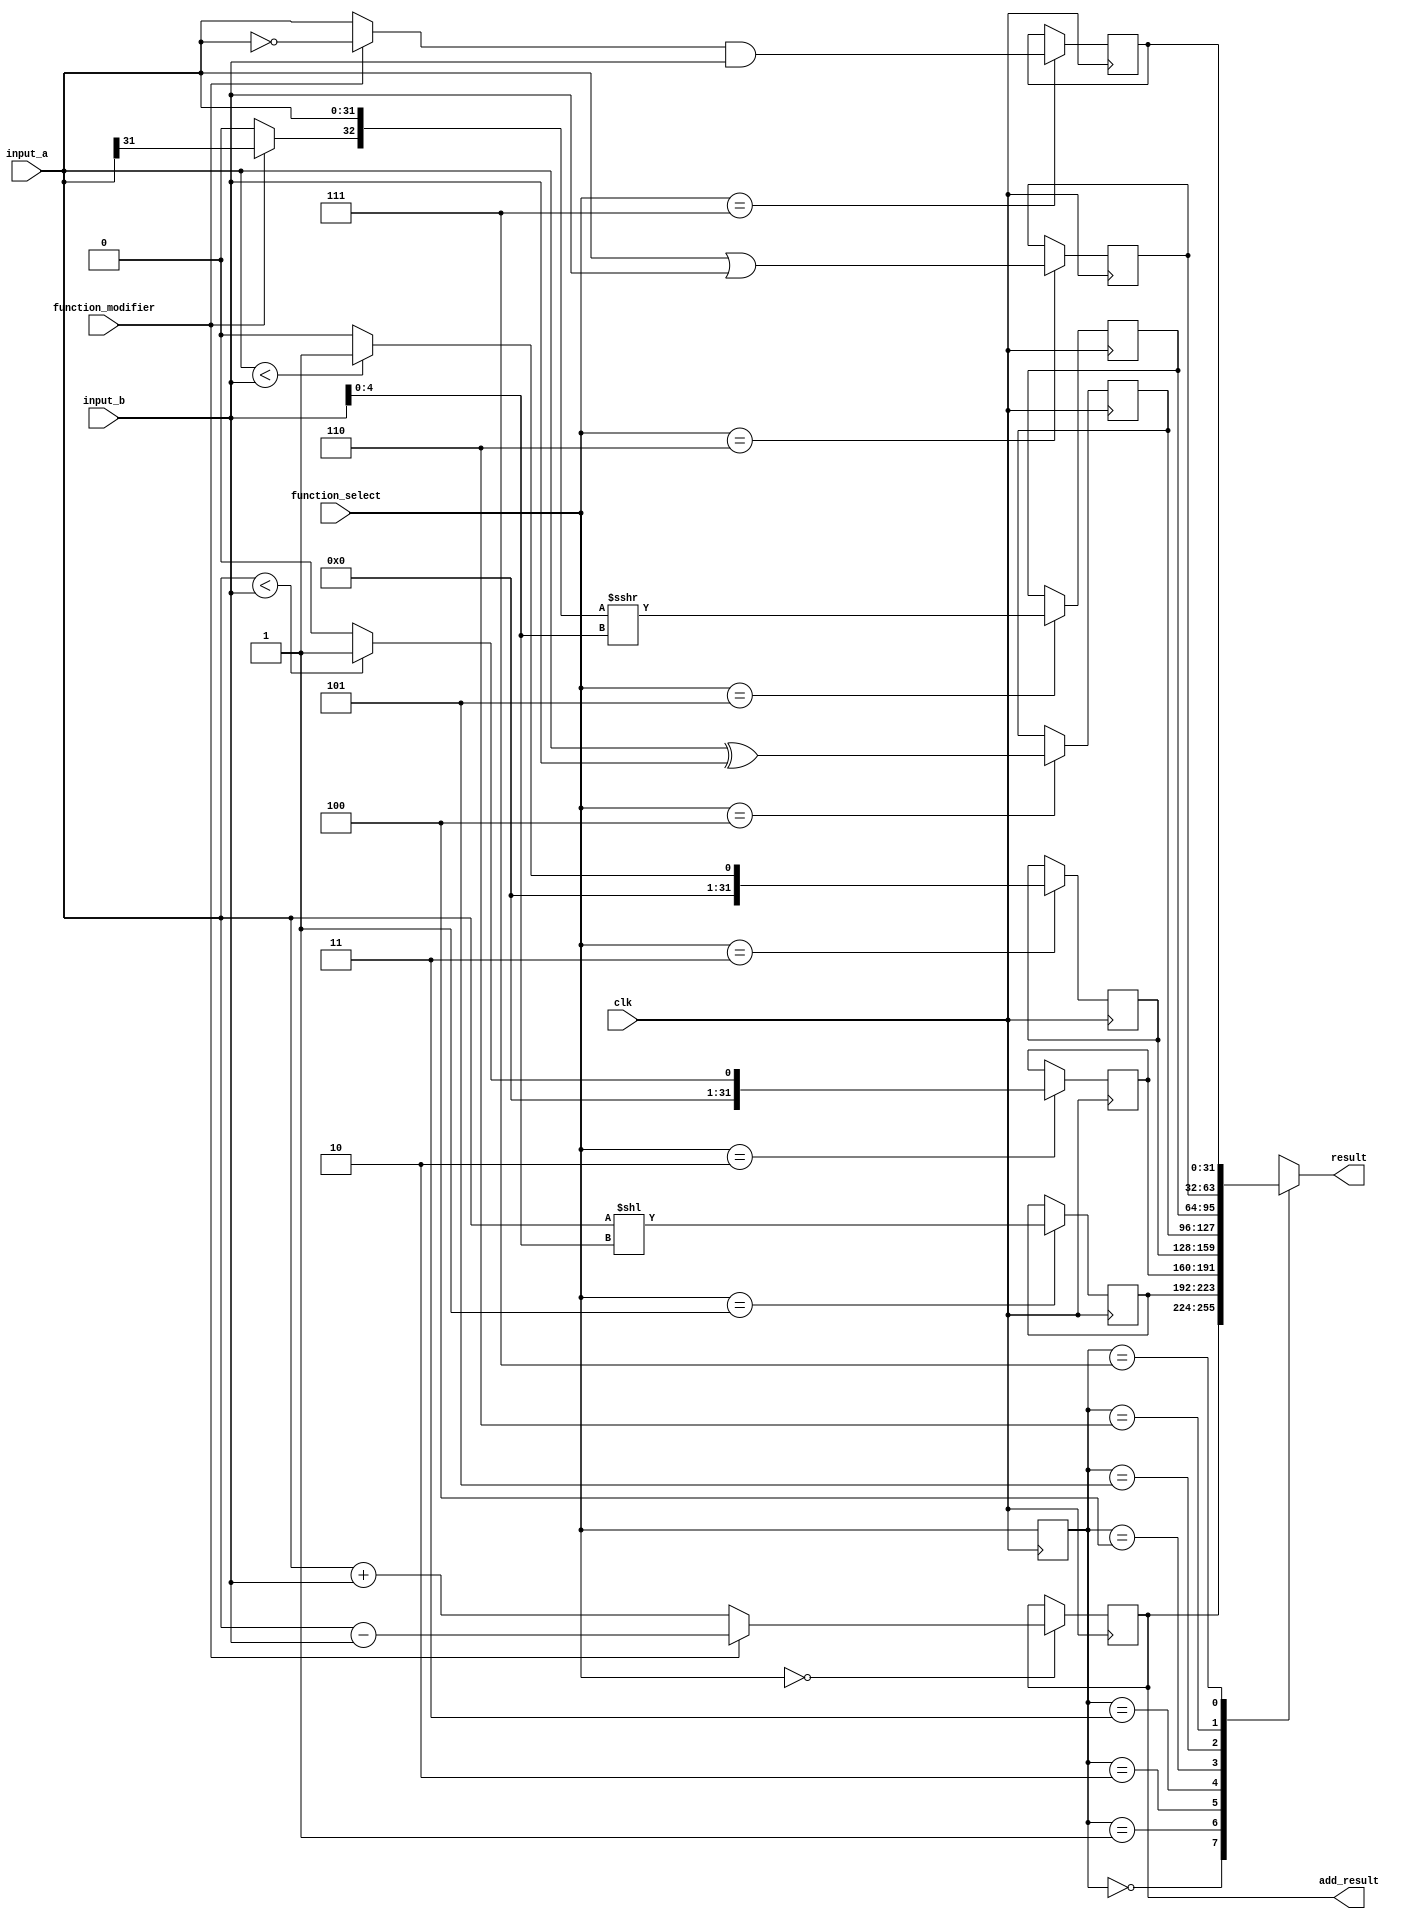
// This program was cloned from: https://github.com/hello-eternity/Cyberrio
// License: Apache License 2.0

module alu (
    `ifdef USE_POWER_PINS
    inout vccd1,	// User area 1 1.8V supply
    inout vssd1,	// User area 1 digital ground
    `endif
    input clk,

    input [31:0] input_a,
    input [31:0] input_b,

    input [2:0] function_select,
    input function_modifier,

    // 1st cycle output
    output [31:0] add_result,
    // 2nd cycle output
    output reg [31:0] result
);

    // Define function codes
    localparam 
        ALU_ADD_SUB = 3'b000,
        ALU_SLL     = 3'b001,
        ALU_SLT     = 3'b010,
        ALU_SLTU    = 3'b011,
        ALU_XOR     = 3'b100,
        ALU_SRL_SRA = 3'b101,
        ALU_OR      = 3'b110,
        ALU_AND_CLR = 3'b111;

    // Define result registers
    reg [31:0] result_add_sub, result_sll, result_slt, result_sltu,
                result_xor, result_srl_sra, result_or, result_and_clr;
    /* verilator lint_off UNUSED */ // The first bit [32] will intentionally be ignored
    wire [32:0] tmp_shifted = $signed({function_modifier ? input_a[31] : 1'b0, input_a}) >>> input_b[4:0];
    /* verilator lint_on UNUSED */
    // Store the old function
    reg [2:0] old_function;
    assign add_result = result_add_sub;
    // Calculate results based on the selected function
    always @(posedge clk) begin
        // Compute add/subtract result
        if (function_select == ALU_ADD_SUB)
            result_add_sub <= function_modifier ? (input_a - input_b) : (input_a + input_b);

        // Compute shift left logical result
        if (function_select == ALU_SLL)
            result_sll <= input_a << input_b[4:0];

        // Compute set less than result
        if (function_select == ALU_SLT)
            result_slt <= ($signed(input_a) < $signed(input_b)) ? 1 : 0;

        // Compute set less than unsigned result
        if (function_select == ALU_SLTU)
            result_sltu <= (input_a < input_b) ? 1 : 0;

        // Compute XOR result
        if (function_select == ALU_XOR)
            result_xor <= input_a ^ input_b;

        // Compute shift right logical/arithmetic result
        if (function_select == ALU_SRL_SRA)
            result_srl_sra <= tmp_shifted[31:0];

        // Compute OR result
        if (function_select == ALU_OR)
            result_or <= input_a | input_b;

        // Compute AND/CLR result
        if (function_select == ALU_AND_CLR)
            result_and_clr <= (function_modifier ? ~input_a : input_a) & input_b;
        
        // Update old function
        old_function <= function_select;
    end
    // Output result based on the old function
    always @(*) begin
        case (old_function)
            ALU_ADD_SUB: result = result_add_sub;
            ALU_SLL:     result = result_sll;
            ALU_SLT:     result = result_slt;
            ALU_SLTU:    result = result_sltu;
            ALU_XOR:     result = result_xor;
            ALU_SRL_SRA: result = result_srl_sra;
            ALU_OR:      result = result_or;
            ALU_AND_CLR: result = result_and_clr;
        endcase
    end

    // Output add/subtract result immediately

endmodule